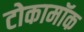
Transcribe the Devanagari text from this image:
टोकामॉक